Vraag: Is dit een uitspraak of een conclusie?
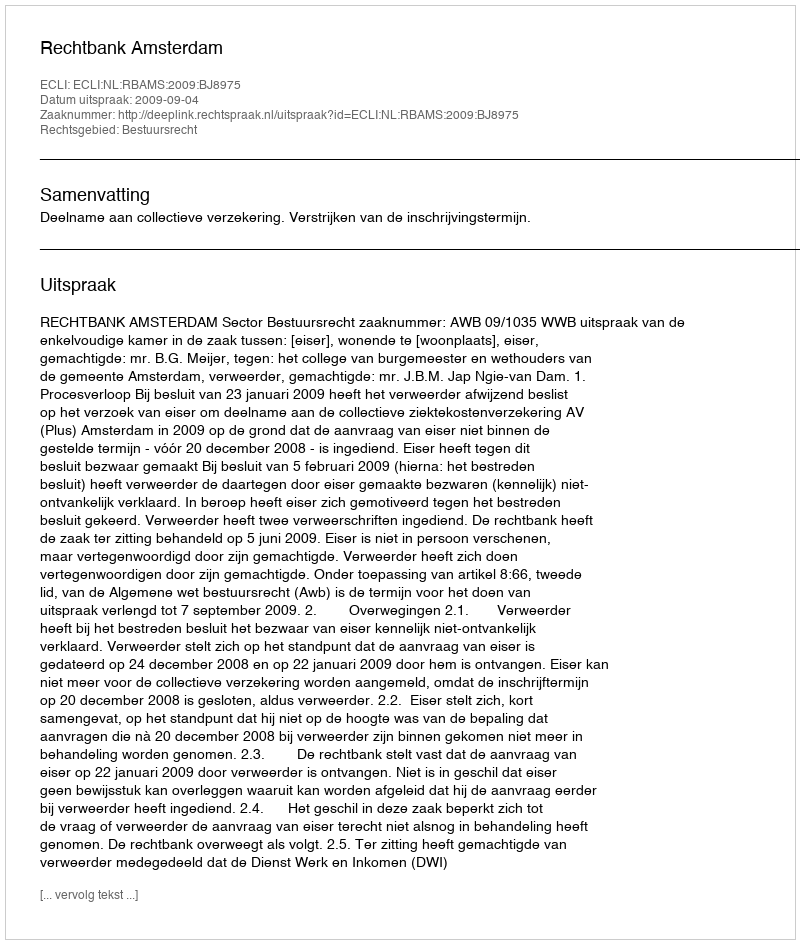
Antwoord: Uitspraak